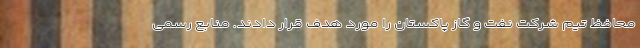
محافظ تیم شرکت نفت و گاز پاکستان را مورد هدف قرار دادند. منابع رسمی